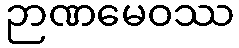
ဉာဏမေဝဿ